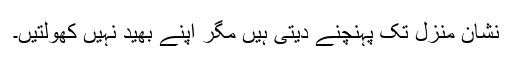
نشان منزل تک پہنچنے دیتی ہیں مگر اپنے بھید نہیں کھولتیں۔